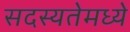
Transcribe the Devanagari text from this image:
सदस्यतेमध्ये